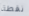
نقطة